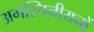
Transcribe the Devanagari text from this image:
अगस्तिनीयनों